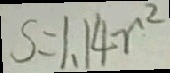
S = 1 . 1 4 r ^ { 2 }